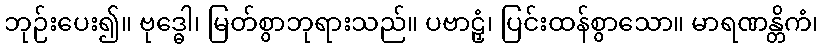
ဘုဉ်းပေး၍။ ဗုဒ္ဓေါ၊ မြတ်စွာဘုရားသည်။ ပဗာဠှံ၊ ပြင်းထန်စွာသော။ မာရဏန္တိကံ၊